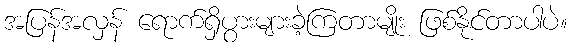
အပြန်အလှန် ရောက်ရှိပွားများခဲ့ကြတာမျိုး ဖြစ်နိုင်တာပါပဲ။